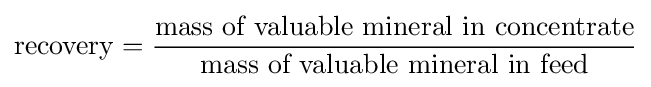
\mathrm {recovery} ={\frac {\mbox{mass of valuable mineral in concentrate}}{\mbox{mass of valuable mineral in feed}}}